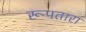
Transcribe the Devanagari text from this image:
रूपतारा